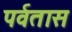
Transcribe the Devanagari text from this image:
पर्वतास